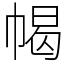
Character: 幆